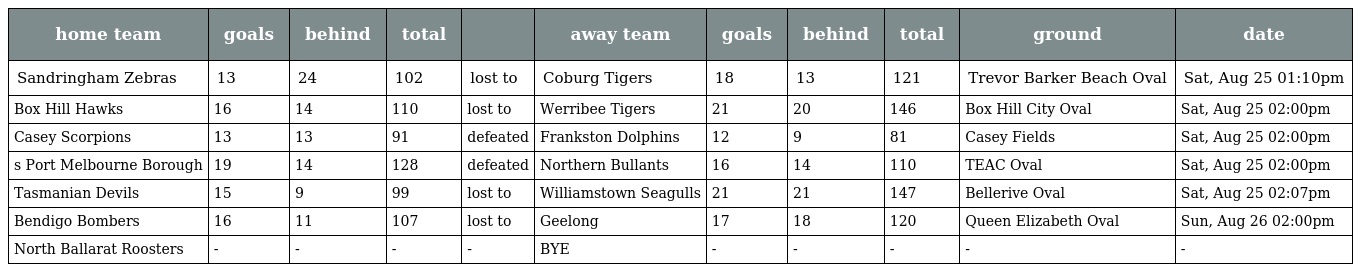
| home team | goals | behind | total |  | away team | goals | behind | total | ground | date |
 | --- | --- | --- | --- | --- | --- | --- | --- | --- | --- | --- |
 | Sandringham Zebras | 13 | 24 | 102 | lost to | Coburg Tigers | 18 | 13 | 121 | Trevor Barker Beach Oval | Sat, Aug 25 01:10pm |
 | Box Hill Hawks | 16 | 14 | 110 | lost to | Werribee Tigers | 21 | 20 | 146 | Box Hill City Oval | Sat, Aug 25 02:00pm |
 | Casey Scorpions | 13 | 13 | 91 | defeated | Frankston Dolphins | 12 | 9 | 81 | Casey Fields | Sat, Aug 25 02:00pm |
 | s Port Melbourne Borough | 19 | 14 | 128 | defeated | Northern Bullants | 16 | 14 | 110 | TEAC Oval | Sat, Aug 25 02:00pm |
 | Tasmanian Devils | 15 | 9 | 99 | lost to | Williamstown Seagulls | 21 | 21 | 147 | Bellerive Oval | Sat, Aug 25 02:07pm |
 | Bendigo Bombers | 16 | 11 | 107 | lost to | Geelong | 17 | 18 | 120 | Queen Elizabeth Oval | Sun, Aug 26 02:00pm |
 | North Ballarat Roosters | - | - | - | - | BYE | - | - | - | - | - |